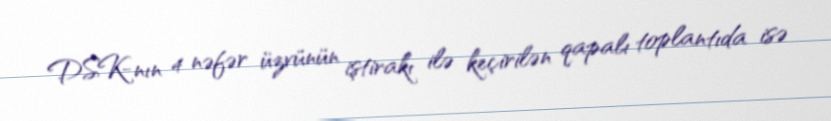
DSK-nın 4 nəfər üzvünün iştirakı ilə keçirilən qapalı toplantıda isə